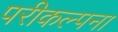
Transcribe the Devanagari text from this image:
परीकल्पना